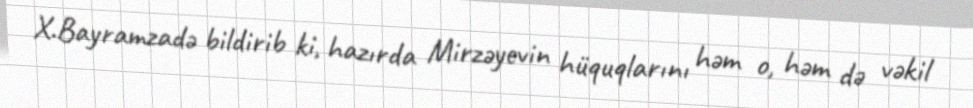
X.Bayramzadə bildirib ki, hazırda Mirzəyevin hüquqlarını həm o, həm də vəkil